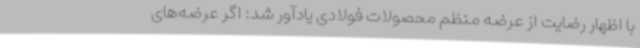
با اظهار رضایت از عرضه منظم محصولات فولادی یادآور شد: اگر عرضه‌های